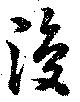
復